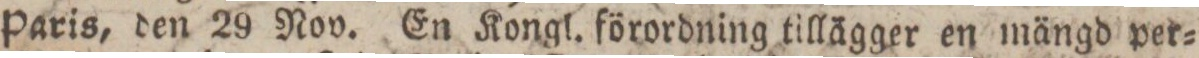
Paris, den 29 Nov. En Kongl. förordning tillägger en mängd per=